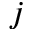
j